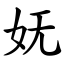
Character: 妩